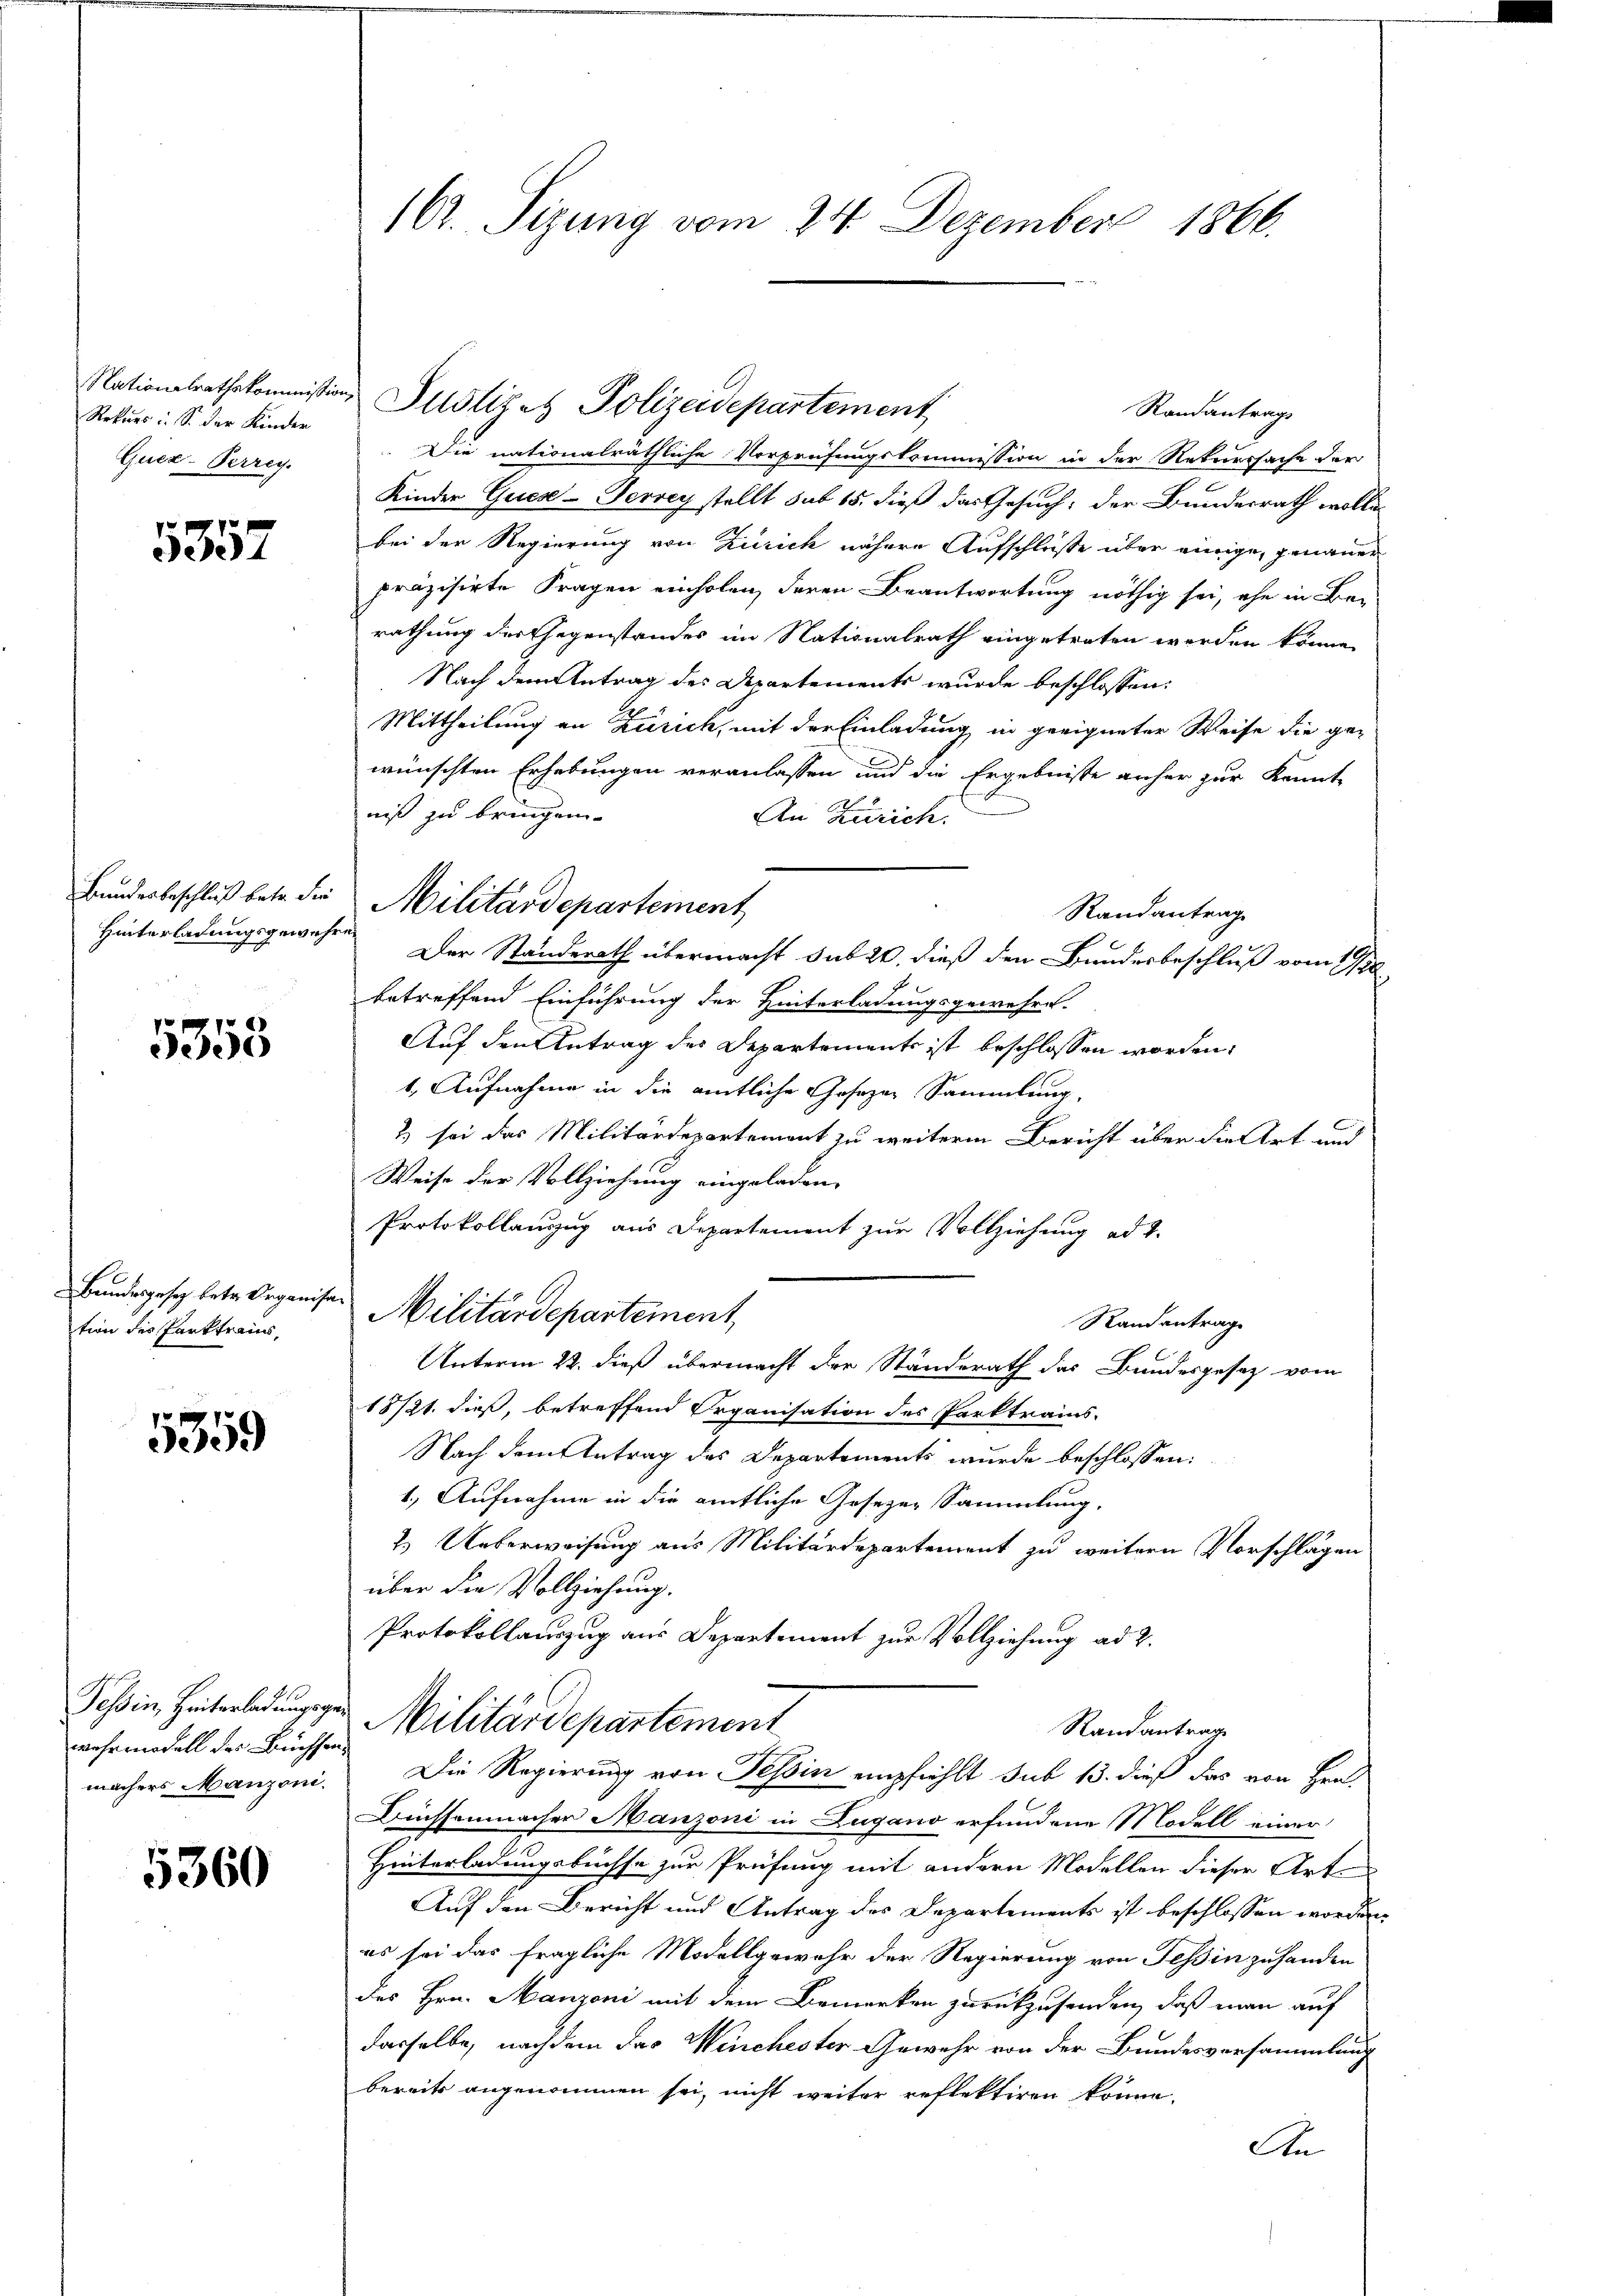
Rekurs S. der Kinder
Quez-Perrey.

5357

Bundesbeschluß betr. die
Hinterladungsgewese

5358

Bundesgesetz betr. Organisa
tion der Parktrais,

5359

wehrmodell des Büchsenmachers Manzoni.

5360

162. Sizung vom 24. Dezember 1866.

Nationalrathskommission Justizes Polizeidepartement
Randantrags
Die nationalräthliche Vorprüfungskommission in der Rekurssache der
Kinder Quese-Tervey stellt sub 15. dieß das Gesuch: der Bundesrath wollebei der Regierung von Zürich nähere Aufschlüße über einige, genauer
präzisirte Fragen einholen, deren Beantwortung nöthig sei, ehe in Be-
rathung der Gegenstandes im Nationalrath eingetreten werden könne.
Nach dem Antrag des Departements wurde beschlossen:
Mittheilung an Zürich, mit der Einladung in geeigneter Weise die ge-
wünschten Erhebungen veranlassen und die Ergebnisse anher zur Kennt
t
niß zu bringen.
An Zürich.
Randantrag
en
Der Standerath übermacht sub 20. dieß den Bundesbeschluß vom 19/20
betreffend Einführung der Hinterladungsgewesen.
Auf den Antrag des Departements ist beschlossen worden.
1. Aufnahme in die amtliche Josezen Sammlung,
2) sei das Militärdepartement zu weiterm Bericht über die Art und
Weise der Vollziehung eingeladen,
Protokollauszug aus Departement zur Vollziehung ad 1.
Militärdepartement
Randantrage
Unterm 22. dieß übermacht der Standerath das Bundesgesetz vom
18/21. dieß, betreffend Organisation des Parktrains-
Nach dem Antrag des Departements wurde beschlossen:
1.) Aufnahme in die amtliche Gesezen Sammlung.
2.) Ueberweisung aus Militärdepartement zu weitern Vorschlägen
über die Vollziehung.
Protokollauszug aus Departement zur Vollziehung ad 2.
Tessin, Heiterladung gen Militärdepartement
Randantrage
Die Regierung von Tessin empfiehlt sub 13. dieß das von Hrn.
Büchsenmacher Manzoni in Lugano erfundene Modell einer
Hinterladungsbüchse zur Prüfung mit andern Modellen dieser Art.
Auf den Bericht und Antrag des Departements ist beschlossen worden.
es sei das fragliche Modellgewahr der Regierung von Tessin zuhanden
des Hrn. Manzoni mit dem Bemerken zurückzusenden, daß man auf
dasselbe, nachdem das Winchester Gewehr von der Bundesversammlung
bereits angenommen sei, nicht weiter reflektiren könne.
An

Militärdepartement